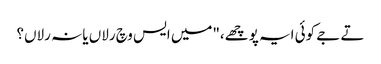
تے جے کوئی ایہ پوچھے،"میں ایس وچ رلاں یا نہ رلاں؟